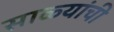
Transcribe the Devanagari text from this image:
साळ्यांची